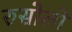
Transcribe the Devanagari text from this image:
रुसोलो